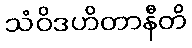
သံဝိဒဟိတာနီတိ